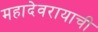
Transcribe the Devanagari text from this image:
महादेवरायाची